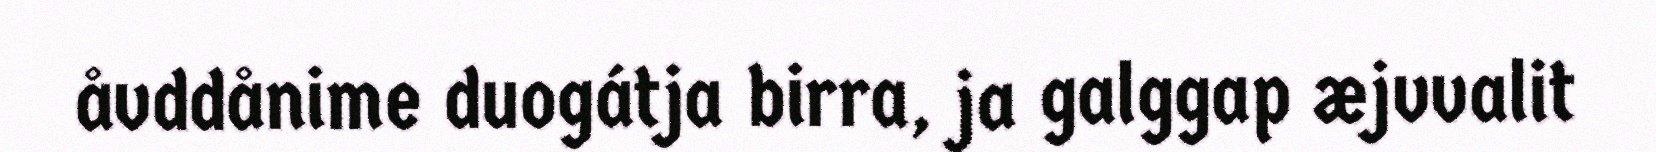
åvddånime duogátja birra, ja galggap æjvvalit